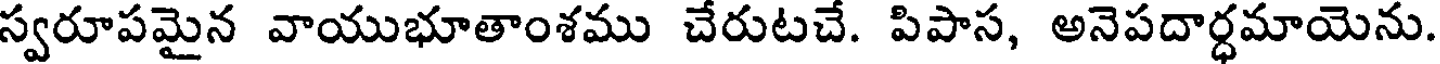
స్వరూపమైన వాయుభూతాంశము చేరుటచే. పిపాస, అనెపదార్ధమాయెను.